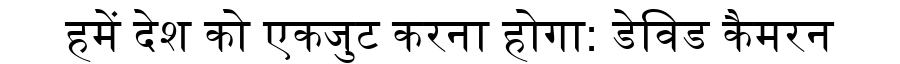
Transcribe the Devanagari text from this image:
हमें देश को एकजुट करना होगा: डेविड कैमरन